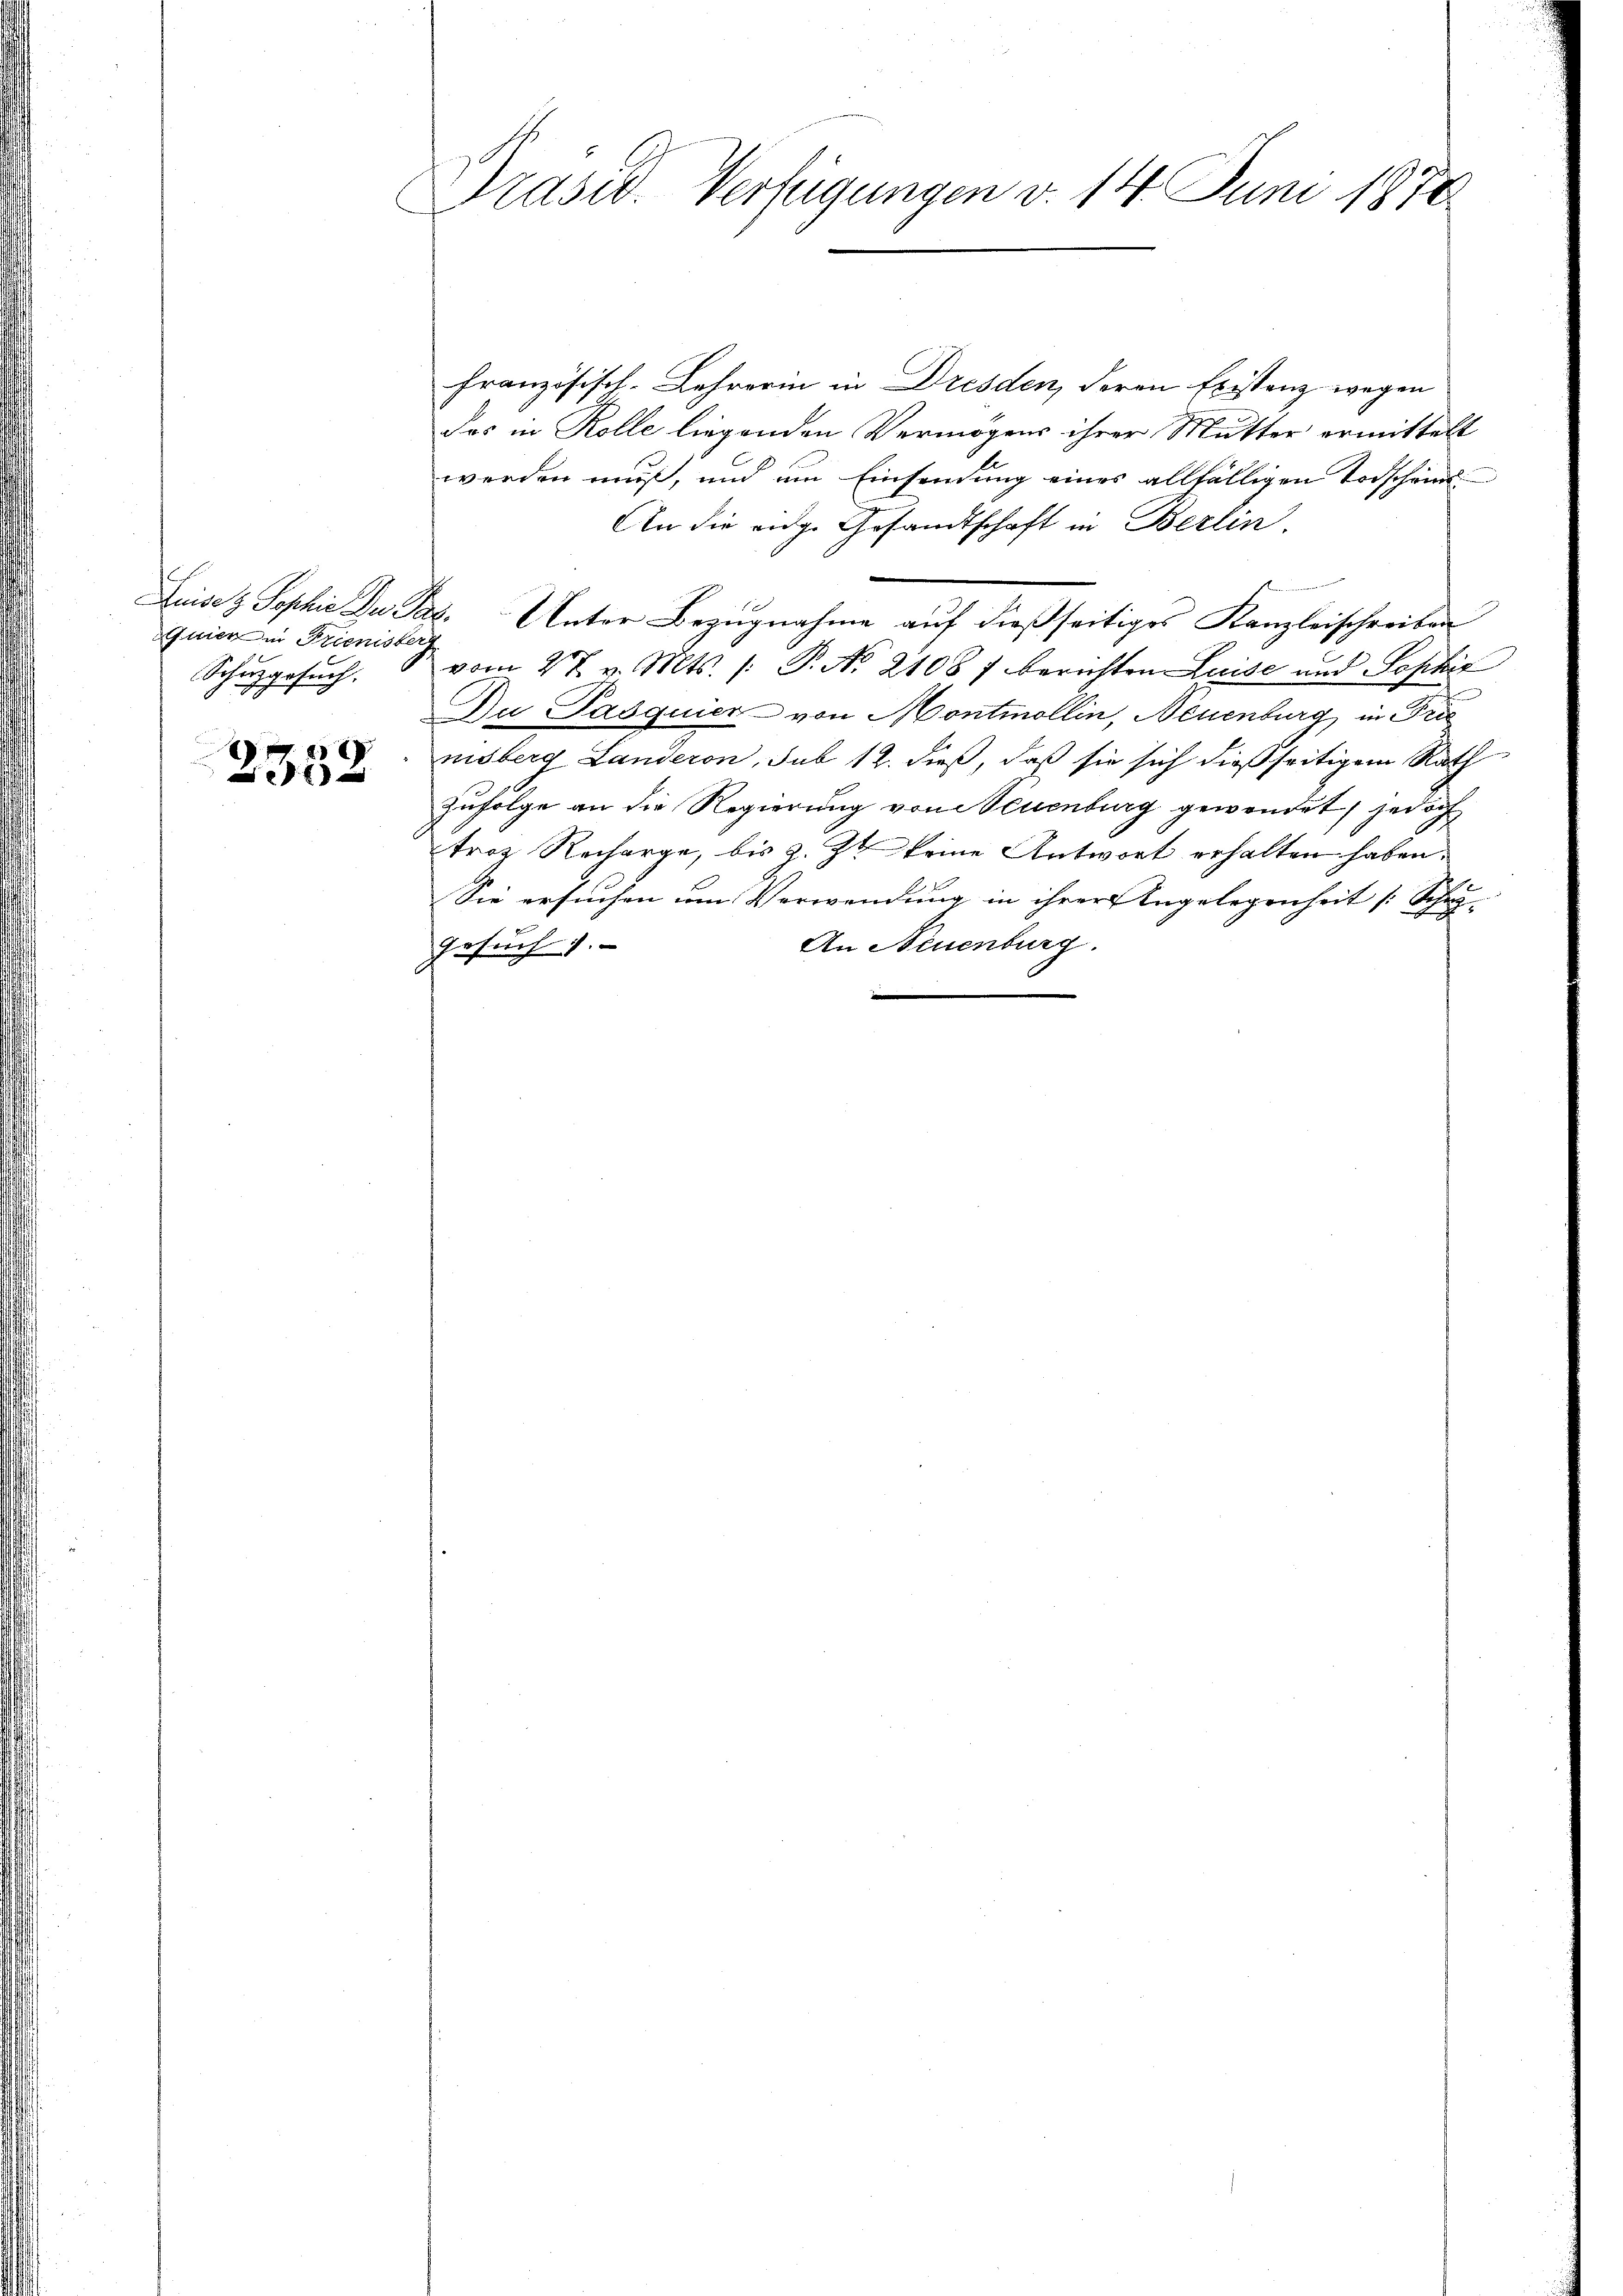
Quier in Frienister
Schuhgesuch.

28
20

Präsid. Verfügungen v. 14. Juni 1870

französisch-Lehrerin in Dresden, deren Existanz wegen
das in Kolle liegenden Vermögens ihrer Mutter ermittelt
werden muß, und um Einsendung eines allfälligen Todschein
An die eidg. Gesandtschaft in Berlin.
Luises Sophie Du Paz. Unter Bezugnahme auf dießseitiges Kanzleischreiben
vom 27. v. Mts. /: P. No. 2108 f berichten Luise und Sophie
Du Pasquier von Montmollin, Neuenburg in Frie
nisberg Landeron, sub 12. dieß, daß sie sich dießseitigem Rath
zufolge an die Regierung von Neuenburg gewendet, jedoch
troz Recharge, bis z. Z. keine Antwort erhalten haben.
Sie ersuchen um Verwendung in ihrer Angelegenheit (Schi- |
An Neuenburg.
Gesuch 1.